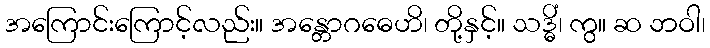
အကြောင်းကြောင့်လည်း။ အန္တောဂဓေဟိ၊ တို့နှင့်။ သဒ္ဓိံ၊ ကွ။ ဆ ဘဝါ၊